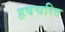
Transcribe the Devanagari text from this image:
हषचरित